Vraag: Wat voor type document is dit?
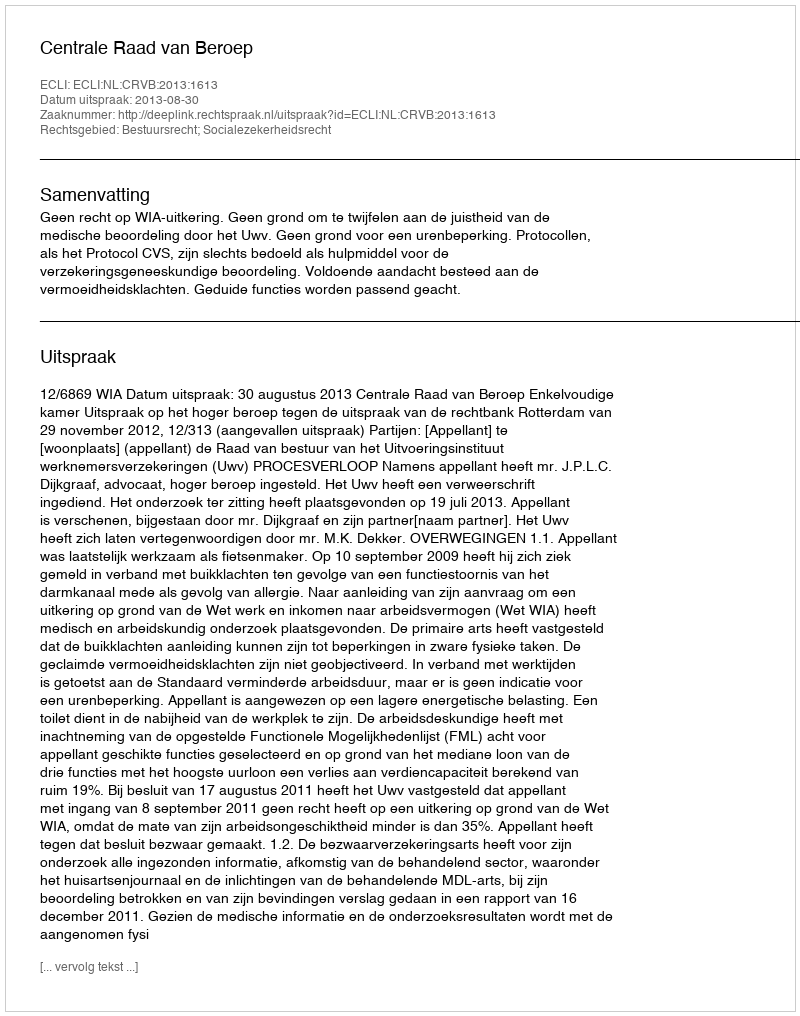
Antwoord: Uitspraak